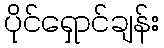
ပိုင်ရှောင်ချန်း